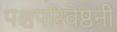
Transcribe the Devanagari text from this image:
पश्चपरिवेष्ठनी